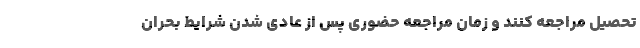
تحصیل مراجعه کنند و زمان مراجعه حضوری پس از عادی شدن شرایط بحران